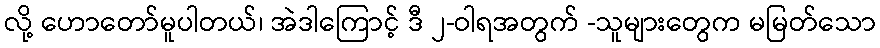
လို့ ဟောတော်မူပါတယ်၊ အဲဒါကြောင့် ဒီ ၂-ဝါရအတွက် -သူများတွေက မမြတ်သော